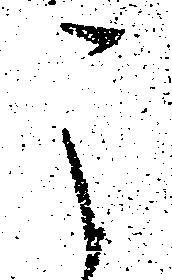
こ